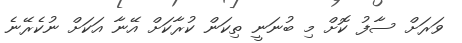
ވަރަށް ސާފު ކޮށް މި ބުނަނީ ތިކަން ކުރާކަށް އޭނާ އަކަށް ނުކެރޭނެ